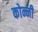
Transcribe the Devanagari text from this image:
कोन्नी